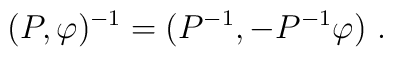
(P,\varphi)^{-1}=(P^{-1}, -P^{-1}\varphi)~.